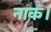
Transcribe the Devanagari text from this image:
नाक।